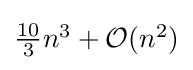
{\textstyle {\tfrac {10}{3}}n^{3}+{\mathcal {O}}(n^{2})}